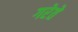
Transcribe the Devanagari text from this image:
गरेते